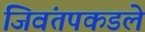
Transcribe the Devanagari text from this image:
जिवंतपकडले